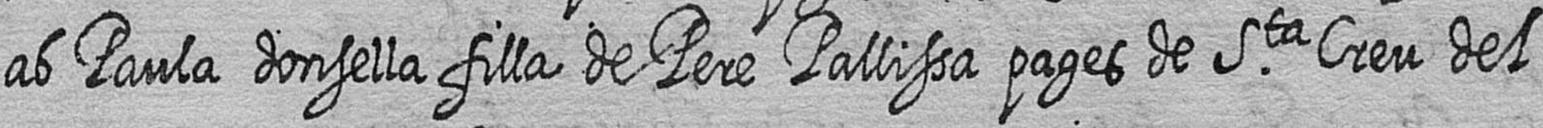
ab Paula donsella filla de Pere Pallissa pages de Sta Creu del